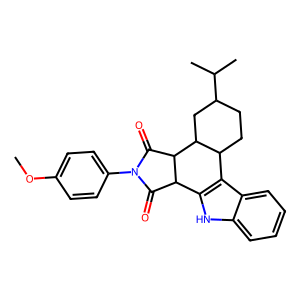
SMILES: COc1ccc(N2C(=O)C3c4[nH]c5ccccc5c4C4CCC(C(C)C)CC4C3C2=O)cc1
Inhibits HIV replication: No